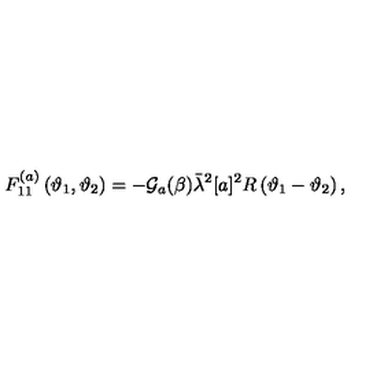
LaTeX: F _ { 1 1 } ^ { ( a ) } \left( \vartheta _ { 1 } , \vartheta _ { 2 } \right) = - \mathcal { G } _ { a } ( \beta ) \bar { \lambda } ^ { 2 } [ a ] ^ { 2 } R \left( \vartheta _ { 1 } - \vartheta _ { 2 } \right) ,